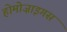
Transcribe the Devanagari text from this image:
होमोज़ाइगस